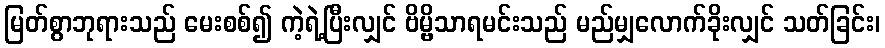
မြတ်စွာဘုရားသည် မေးစစ်၍ ကဲ့ရဲ့ပြီးလျှင် ဗိမ္ဗိသာရမင်းသည် မည်မျှလောက်ခိုးလျှင် သတ်ခြင်း၊